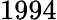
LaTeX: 1994